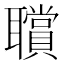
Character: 𦘆